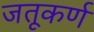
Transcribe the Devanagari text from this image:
जतूकर्ण